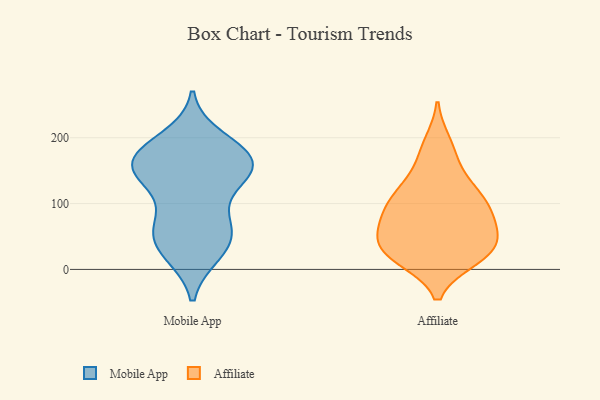
{"axis": {"x": "Shipments", "y": "Value"}, "legend": ["Affiliate", "Mobile App"], "data": [{"x": "", "y": 27, "type": "Mobile App"}, {"x": "", "y": 171, "type": "Mobile App"}, {"x": "", "y": 179, "type": "Mobile App"}, {"x": "", "y": 63, "type": "Mobile App"}, {"x": "", "y": 159, "type": "Mobile App"}, {"x": "", "y": 175, "type": "Mobile App"}, {"x": "", "y": 149, "type": "Mobile App"}, {"x": "", "y": 70, "type": "Mobile App"}, {"x": "", "y": 24, "type": "Mobile App"}, {"x": "", "y": 32, "type": "Mobile App"}, {"x": "", "y": 131, "type": "Mobile App"}, {"x": "", "y": 146, "type": "Mobile App"}, {"x": "", "y": 58, "type": "Mobile App"}, {"x": "", "y": 180, "type": "Mobile App"}, {"x": "", "y": 143, "type": "Mobile App"}, {"x": "", "y": 199, "type": "Mobile App"}, {"x": "", "y": 146, "type": "Mobile App"}, {"x": "", "y": 71, "type": "Mobile App"}, {"x": "", "y": 80, "type": "Affiliate"}, {"x": "", "y": 140, "type": "Affiliate"}, {"x": "", "y": 191, "type": "Affiliate"}, {"x": "", "y": 111, "type": "Affiliate"}, {"x": "", "y": 69, "type": "Affiliate"}, {"x": "", "y": 112, "type": "Affiliate"}, {"x": "", "y": 17, "type": "Affiliate"}, {"x": "", "y": 37, "type": "Affiliate"}, {"x": "", "y": 25, "type": "Affiliate"}, {"x": "", "y": 174, "type": "Affiliate"}, {"x": "", "y": 75, "type": "Affiliate"}, {"x": "", "y": 23, "type": "Affiliate"}, {"x": "", "y": 23, "type": "Affiliate"}, {"x": "", "y": 28, "type": "Affiliate"}, {"x": "", "y": 110, "type": "Affiliate"}, {"x": "", "y": 64, "type": "Affiliate"}, {"x": "", "y": 49, "type": "Affiliate"}, {"x": "", "y": 102, "type": "Affiliate"}]}